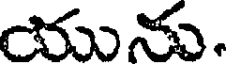
యును.